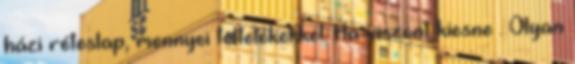
házi réteslap, mennyei töltelékekkel. Ha viszont kiesne . Olyan